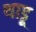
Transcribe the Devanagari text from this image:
थाडू